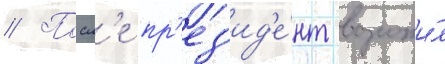
// Посл'е пр'ез'ид'е́нт возложи́л